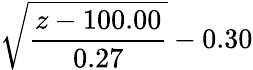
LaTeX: \displaystyle{\sqrt{\frac{z-100.00}{0.27}}-0.30}